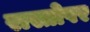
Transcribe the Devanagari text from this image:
रास्तोपर